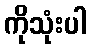
ကိုသုံးပါ